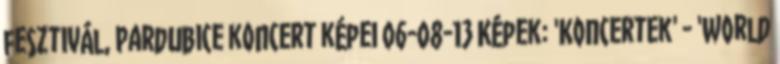
fesztivál, Pardubice koncert képei 06-08-13 Képek: 'Koncertek' - 'World